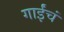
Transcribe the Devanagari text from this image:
गाईंचं